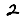
Digit: 2